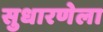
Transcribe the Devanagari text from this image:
सुधारणेला